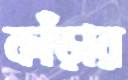
কাঁড়ার